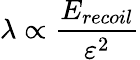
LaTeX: \lambda\propto\frac{E_{recoil}}{\varepsilon^{2}}